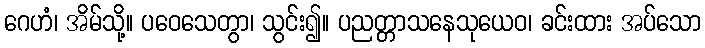
ဂေဟံ၊ အိမ်သို့။ ပဝေသေတွာ၊ သွင်း၍။ ပညတ္တာသနေသုယေဝ၊ ခင်းထား အပ်သော